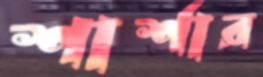
শার্শার